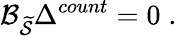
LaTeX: \mathcal{B}_{\widetilde{\mathcal{S}}}\Delta^{count}=0\; .